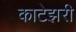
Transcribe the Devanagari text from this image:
काटेझरी